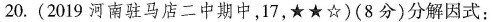
20.(2019河南驻马店二中期中，17，★★☆)(8分)分解因式：